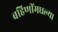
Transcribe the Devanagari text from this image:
बहिणींमधल्या